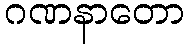
ဂဏနာတော